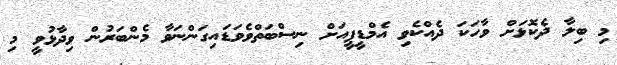
މި ބިލާ ދެކޮޅަށް ވާހަކަ ދެއްކެވި އެމްޑީޕީއަށް ނިސްބަތްވެވަޑައިގަންނަވާ މެންބަރުން ވިދާޅުވީ މި